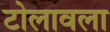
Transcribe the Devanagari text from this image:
टोलावला